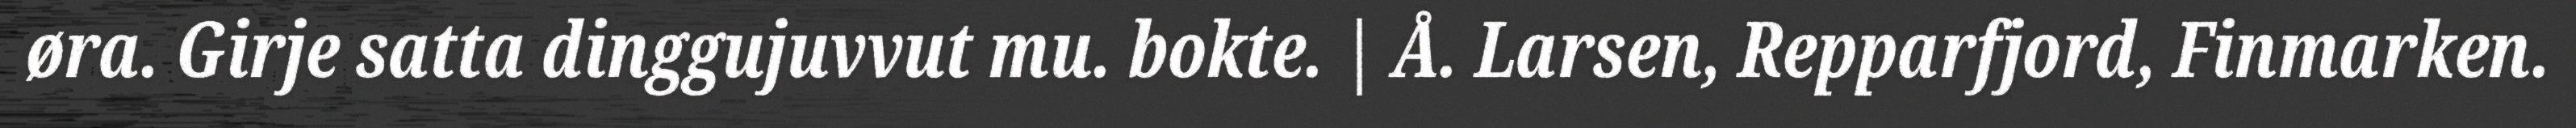
øra. Girje satta dinggujuvvut mu. bokte. | Å. Larsen, Repparfjord, Finmarken.